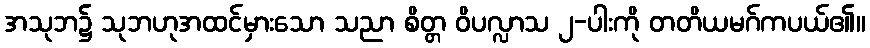
အသုဘ၌ သုဘဟုအထင်မှားသော သညာ စိတ္တ ဝိပလ္လာသ ၂-ပါးကို တတိယမဂ်ကပယ်၏။